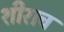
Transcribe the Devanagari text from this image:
शीराच